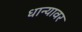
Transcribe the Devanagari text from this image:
धान्यावर